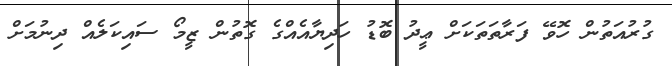
ގުރުއަތުން ހޮވޭ ފަރާތަތަކަށް ޢީދު ބޮޑު ހަދިޔާއެއްގެ ގޮތުން ޒީމޯ ސައިކަލެއް ދިނުމަށް